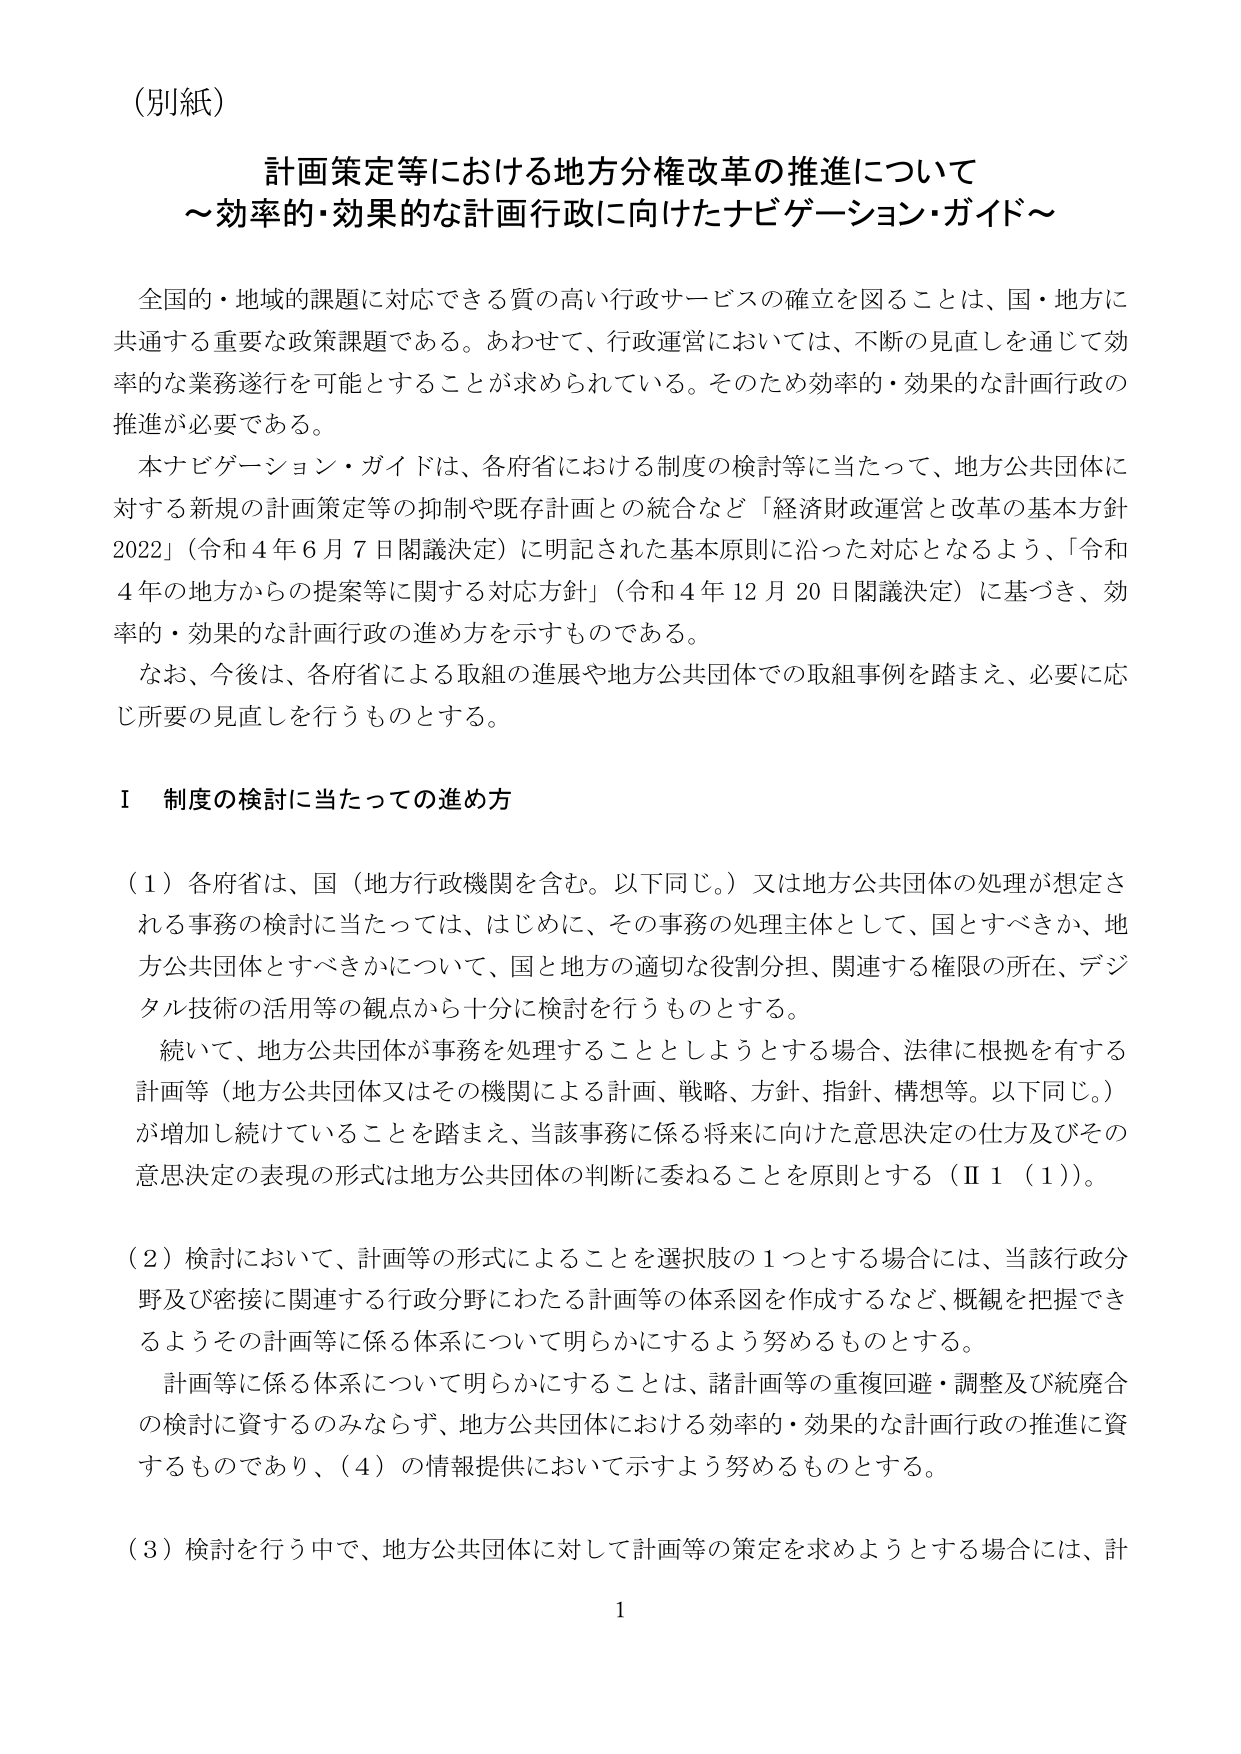
（別紙）

計画策定等における地方分権改革の推進について
～効率的・効果的な計画行政に向けたナビゲーション・ガイド～

全国的・地域的課題に対応できる質の高い行政サービスの確立を図ることは、国・地方に共通する重要な政策課題である。あわせて、行政運営においては、不断の見直しを通じて効率的な業務遂行を可能とすることが求められている。そのため効率的・効果的な計画行政の推進が必要である。

本ナビゲーション・ガイドは、各府省における制度の検討等に当たって、地方公共団体に対する新規の計画策定等の抑制や既存計画との統合など「経済財政運営と改革の基本方針2022」（令和4年6月7日閣議決定）に明記された基本原則に沿った対応となるよう、「令和4年の地方からの提案等に関する対応方針」（令和4年12月20日閣議決定）に基づき、効率的・効果的な計画行政の進め方を示すものである。

なお、今後は、各府省による取組の進展や地方公共団体での取組事例を踏まえ、必要に応じ所要の見直しを行うものとする。

Ⅰ 制度の検討に当たっての進め方

（1）各府省は、国（地方行政機関を含む。以下同じ。）又は地方公共団体の処理が想定される事務の検討に当たっては、はじめに、その事務の処理主体として、国とすべきか、地方公共団体とすべきかについて、国と地方の適切な役割分担、関連する権限の所在、デジタル技術の活用等の観点から十分に検討を行うものとする。

続いて、地方公共団体が事務を処理することとしようとする場合、法律に根拠を有する計画等（地方公共団体又はその機関による計画、戦略、方針、指針、構想等。以下同じ。）が増加し続けていることを踏まえ、当該事務に係る将来に向けた意思決定の仕方及びその意思決定の表現の形式は地方公共団体の判断に委ねることを原則とする（Ⅱ1（1））。

（2）検討において、計画等の形式によることを選択肢の1つとする場合には、当該行政分野及び密接に関連する行政分野にわたる計画等の体系図を作成するなど、概観を把握できるようその計画等に係る体系について明らかにするよう努めるものとする。

計画等に係る体系について明らかにすることは、諸計画等の重複回避・調整及び統廃合の検討に資するのみならず、地方公共団体における効率的・効果的な計画行政の推進に資するものであり、（4）の情報提供において示すよう努めるものとする。

（3）検討を行う中で、地方公共団体に対して計画等の策定を求めようとする場合には、計

1